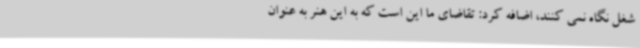
شغل نگاه نمی کنند، اضافه کرد: تقاضای ما این است که به این هنر به عنوان